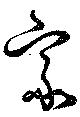
家